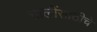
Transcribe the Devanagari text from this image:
चालींसाठीचे